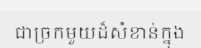
ជាច្រកមួយដ៏សំខាន់ក្នុង